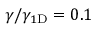
\gamma / \gamma _ { 1 \mathrm { { D } } } = 0 . 1